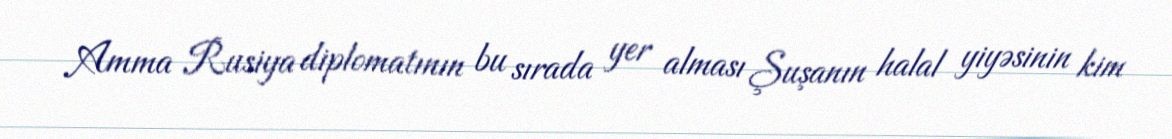
Amma Rusiya diplomatının bu sırada yer alması Şuşanın halal yiyəsinin kim